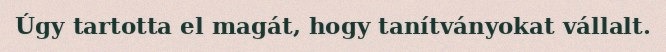
Úgy tartotta el magát, hogy tanítványokat vállalt.